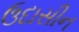
ઉદાસીન